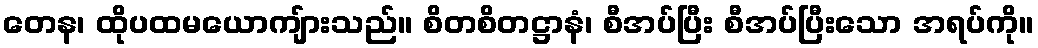
တေန၊ ထိုပထမယောကျ်ားသည်။ စိတစိတဋ္ဌာနံ၊ စီအပ်ပြီး စီအပ်ပြီးသော အရပ်ကို။